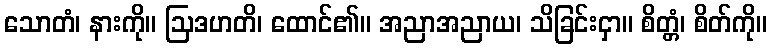
သောတံ၊ နားကို။ ဩဒဟတိ၊ ထောင်၏။ အညာအညာယ၊ သိခြင်းငှာ။ စိတ္တံ၊ စိတ်ကို။